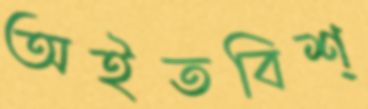
অইতবিশ্